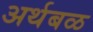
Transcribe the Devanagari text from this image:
अर्थबळ